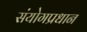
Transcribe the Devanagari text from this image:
संयोगप्रधान